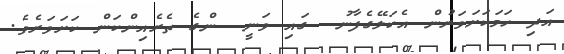
އަދި ހަމަކަށަވަރުން އެކަލޭގެފާނު  ގައި ވަނީ  ންގެ ތެރެއިންކަން ކަށަވަރެވެ.